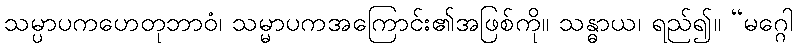
သမ္ပာပကဟေတုဘာဝံ၊ သမ္မာပကအကြောင်း၏အဖြစ်ကို။ သန္ဓာယ၊ ရည်၍။ “မဂ္ဂေါ